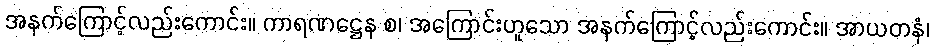
အနက်ကြောင့်လည်းကောင်း။ ကာရဏဋ္ဌေန စ၊ အကြောင်းဟူသော အနက်ကြောင့်လည်းကောင်း။ အာယတနံ၊